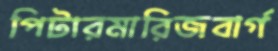
পিটারমারিজবার্গ